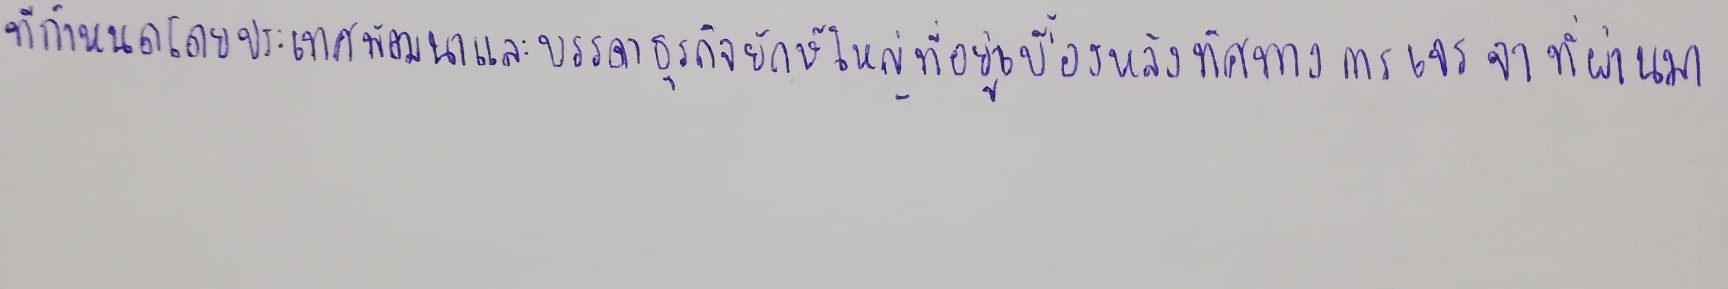
ที่กำหนดโดยประเทศพัฒนาและบรรดาธุรกิจยักษ์ใหญ่ที่อยู่เบื้องหลังทิศทางการเจรจาที่ผ่านมา